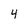
Character: 4